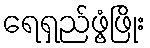
ရေရှည်ဖွံ့ဖြိုး